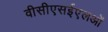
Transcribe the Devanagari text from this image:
वीसीएसईएलओं